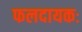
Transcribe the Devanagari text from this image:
फलदायकः